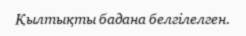
Қылтықты бадана белгiлелген.